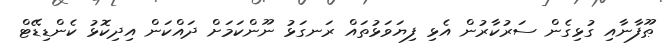
ޠޫފާނާއި ގުޅިގެން ސަރުކާރުން އެޅި ފިޔަވަޅުތައް ރަނގަޅު ނޫންކަމަށް ދައްކަން އިދިކޮޅު ކެންޑިޑޭޓް